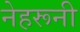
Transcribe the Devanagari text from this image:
नेहरूनी